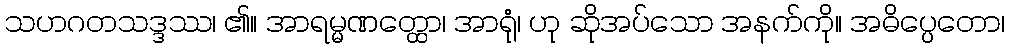
သဟဂတသဒ္ဒဿ၊ ၏။ အာရမ္မဏတ္ထော၊ အာရုံ၊ ဟု ဆိုအပ်သော အနက်ကို။ အဓိပ္ပေတော၊